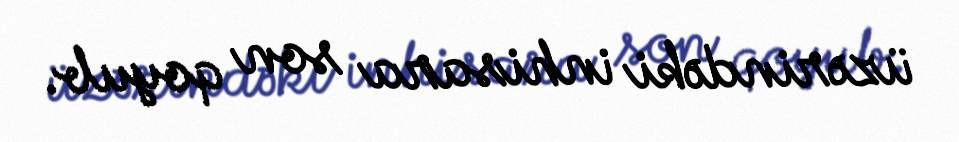
üzərindəki inhisara son qoyub.